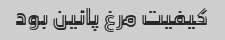
کیفیت مرغ پائین بود